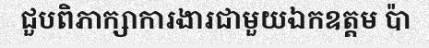
ជួបពិភាក្សាការងារជាមួយឯកឧត្តម ប៉ា